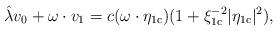
LaTeX: \begin{align*}\hat{\lambda}v_0 + \omega \cdot v_1 = c(\omega \cdot \eta_{\mathrm{1c}})(1+ \xi_{\mathrm{1c}}^{-2}|\eta_{\mathrm{1c}}|^2),\end{align*}